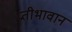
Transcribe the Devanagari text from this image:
प्रतीभावान